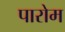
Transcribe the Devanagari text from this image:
पारोम